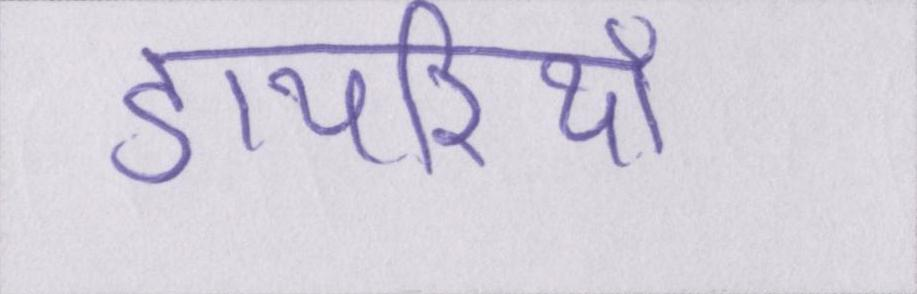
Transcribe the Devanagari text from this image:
डायरियाँ